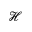
\mathcal { H }